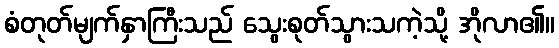
စံတုတ်မျက်နှာကြီးသည် သွေးစုတ်သွားသကဲ့သို့ အိုလာ၏။